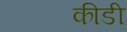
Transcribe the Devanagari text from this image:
कीडी